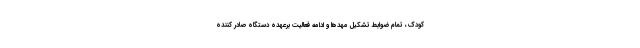
کودک، تمام ضوابط تشکیل مهدها و ادامه فعالیت برعهده دستگاه صادر کننده